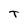
Character: T